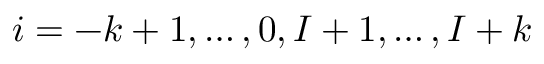
i = - k + 1 , \ldots , 0 , I + 1 , \ldots , I + k